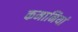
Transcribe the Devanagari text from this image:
कमानियां